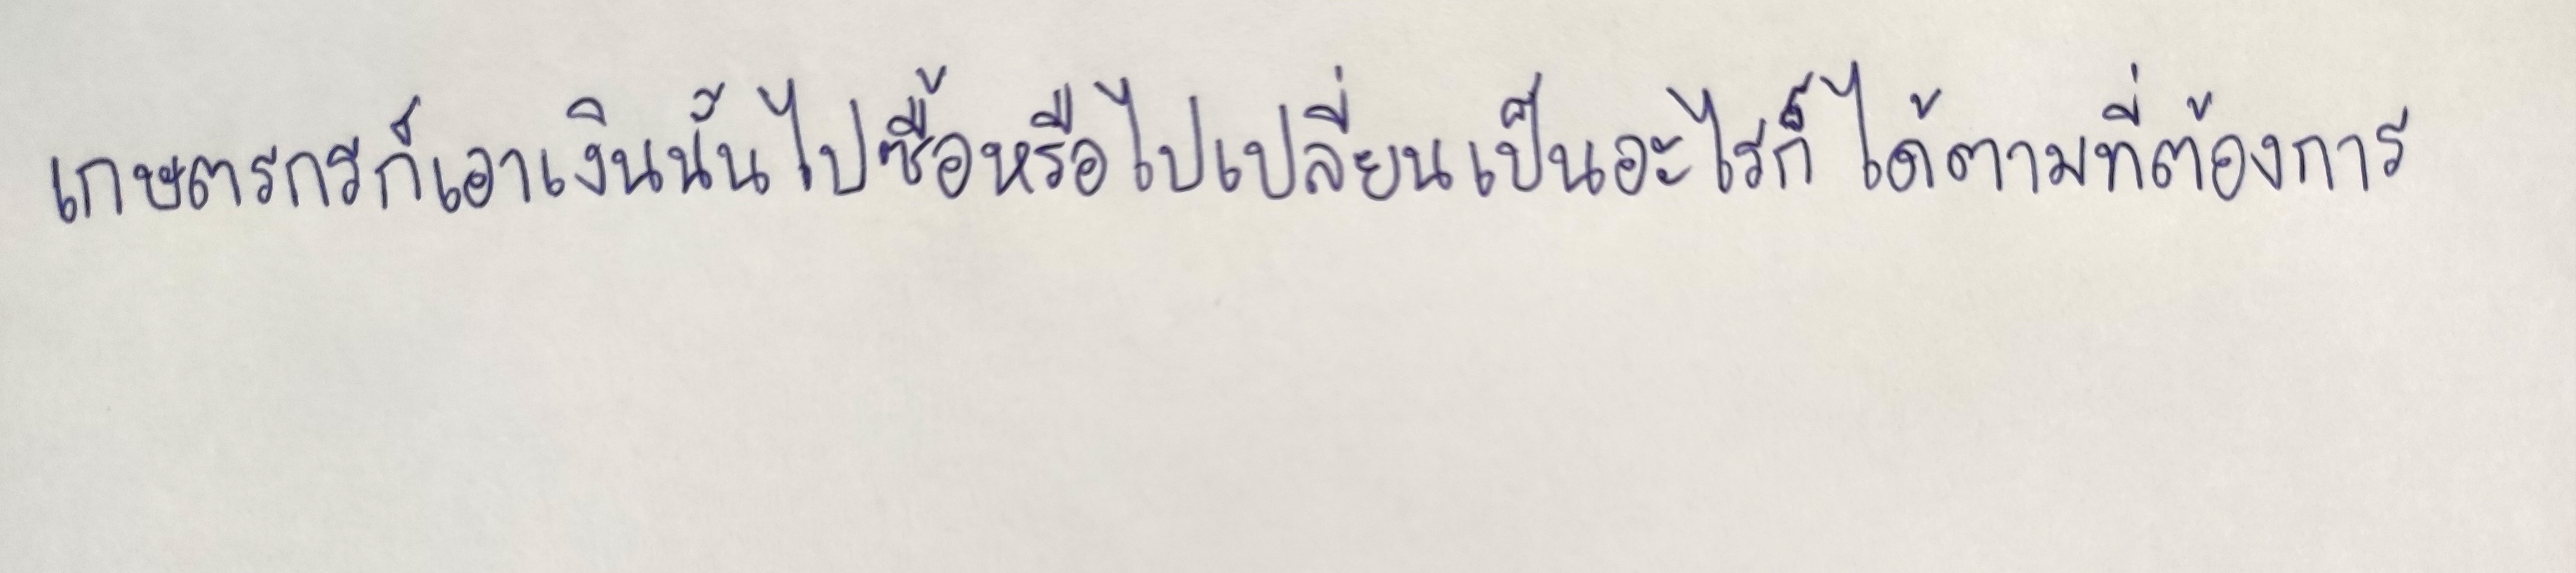
เกษตรกรก็เอาเงินนั้นไปซื้อหรือไปเปลี่ยนเป็นอะไรก็ได้ตามที่ต้องการ